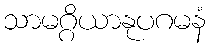
သာမဂ္ဂိယာနုပဂမနံ